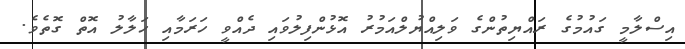
އިސްލާމީ ގައުމުގެ ރައްޔިތުންގެ ވަލިއްޔުލްއަމުރު އޮޅުންފިލުވައި ދެއްވީ ހަރަމާއި ހަލާލު އޮތް ގޮތެވެ.